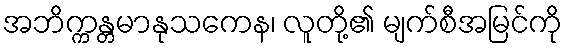
အဘိက္ကန္တမာနုသကေန၊ လူတို့၏ မျက်စီအမြင်ကို